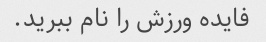
فایده ورزش را نام ببرید.